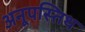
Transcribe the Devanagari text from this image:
अनूपस्तिथ